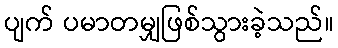
ပျက် ပမာတမျှဖြစ်သွားခဲ့သည်။